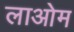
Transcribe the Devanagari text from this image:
लाओम